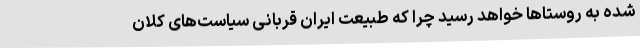
شده به روستاها خواهد رسید چرا که طبیعت ایران قربانی سیاست‌های کلان